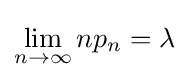
\lim _{n\rightarrow \infty }np_{n}=\lambda